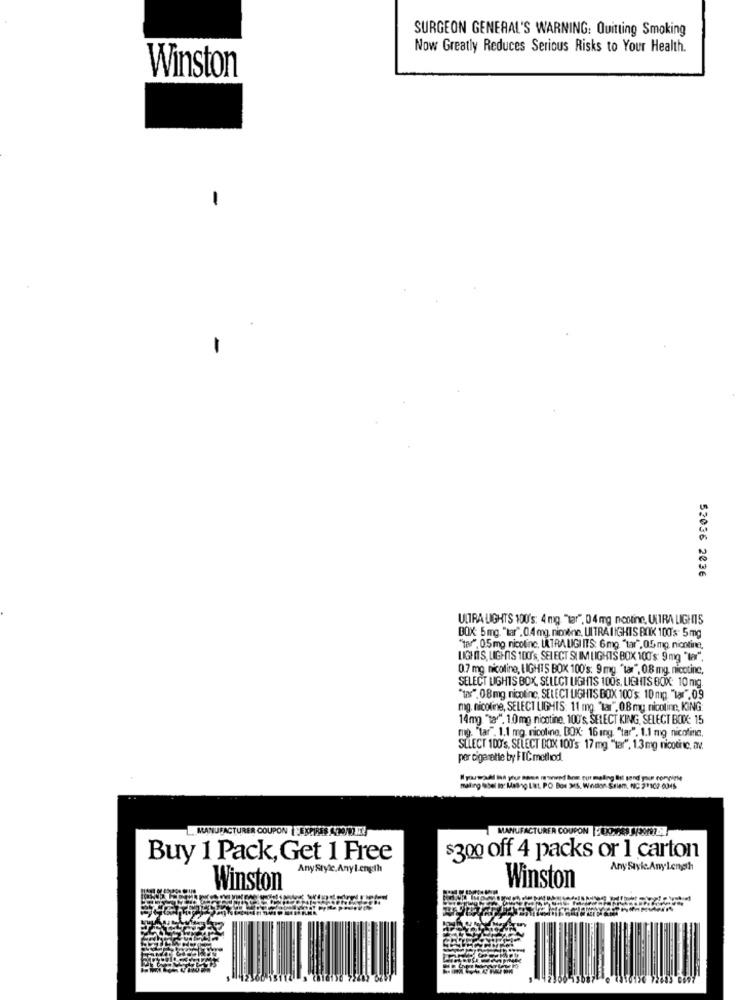
SURGEON GENERAL'S WARNING: Quitting Smoking
Now Greatly Reduces Serious Risks to Your Health.
Winston
-
52036 2036
ULTRA LIGHTS 100's: 4 mg. "tar", 04 mg neoting, ULTRA LIGHTS
BOX: 5 mg. "tar". 0.4 mg. niovine, UITRA IIGHIS BOIK 100's. 5 mg
"tar", 05 mo nicotine, ULTRA LIGI ITS: 6mg. "tar", 0.5 mg nicotine,
LIGHTS, LIGHTS 100's, SELECT SU IM LIGHTS BOX 100's: 9 mg "ter".
0.7 mg nicotine, LIGHTS BOX 100's: 9 mg. "tar", 0.8 mg, nicotine,
SELECT LIGHTS BOX, SELECT LIGHTS 100's, LIGHTS BOX: 10 mg.
"tos", 08 mg nicotine, SELECT LIGHTS BOX 100's: 10 mg. "lar".09
mg. nicotine, SELECT LIGHIS: 11 mg. "tar", 08 mg nicotin, KING:
14mg "ta ". 10 mg nicotine. 100's. SELECT KING, SELECT BOX: 15
mg. "tar". 1.1 mg. nicoline, BOX: 16 ing. "tar", 1.1 mg nicotine.
SELECT 100's, SELECT BOX 100's 17 mg "tar", 1.3mg nicotin ic, av.
per cigarette by FFIC method.
" youtod han you seen in went how our mailing list send pour convite
malling tosel to: Maling LEL, PO Box MS, Wedon'S
ys. Wedler Ssiem, NC 21102 0345
MANUFACTURER COUPON | EXPRES 4200 IR
MANUFACTURER COUPON - DOWNS JSONP .I
Buy 1 Pack, Get 1 Free
$300 off 4 packs or 1 carton
AnyStyle. Anylength
Any Styk.AnyLength
Winston
Winston